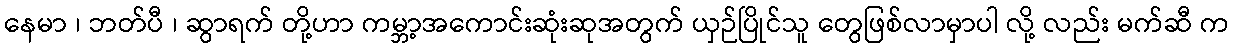
နေမာ ၊ ဘတ်ပီ ၊ ဆွာရက် တို့ဟာ ကမ္ဘာ့အကောင်းဆုံးဆုအတွက် ယှဉ်ပြိုင်သူ တွေဖြစ်လာမှာပါ လို့ လည်း မက်ဆီ က